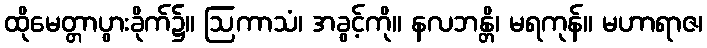
ထိုမေတ္တာပွားခိုက်၌။ ဩကာသံ၊ အခွင့်ကို။ နလဘန္တိ၊ မရကုန်။ မဟာရာဇ၊